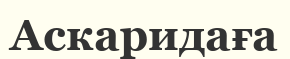
Аскаридаға